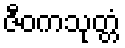
ဇီဝကသုတ္တံ